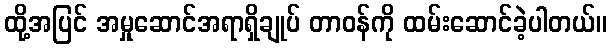
ထို့အပြင် အမှုဆောင်အရာရှိချုပ် တာဝန်ကို ထမ်းဆောင်ခဲ့ပါတယ်။